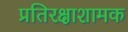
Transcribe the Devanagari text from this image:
प्रतिरक्षाशामक